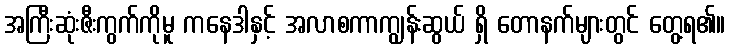
အကြီးဆုံးဇီးကွက်ကိုမူ ကနေဒါနှင့် အလာစကာကျွန်းဆွယ် ရှိ တောနက်များတွင် တွေ့ရ၏။